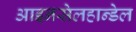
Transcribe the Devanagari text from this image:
आइनसेलहान्डेल